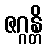
ဇဂ္ဂန္တိ